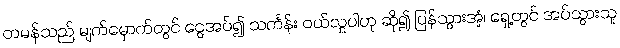
တမန်သည် မျက်မှောက်တွင် ငွေအပ်၍ သင်္ကန်း ဝယ်လှူပါဟု ဆို၍ ပြန်သွားအံ့၊ ရှေ့တွင် အပ်သွားသူ